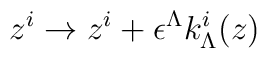
z^i \to z^i + \epsilon^\Lambda k_\Lambda^i (z)